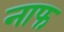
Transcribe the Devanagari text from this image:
नाफ